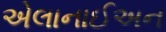
એલાનાઈઅન